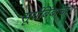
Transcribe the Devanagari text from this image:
सूर्यबिंबाचा